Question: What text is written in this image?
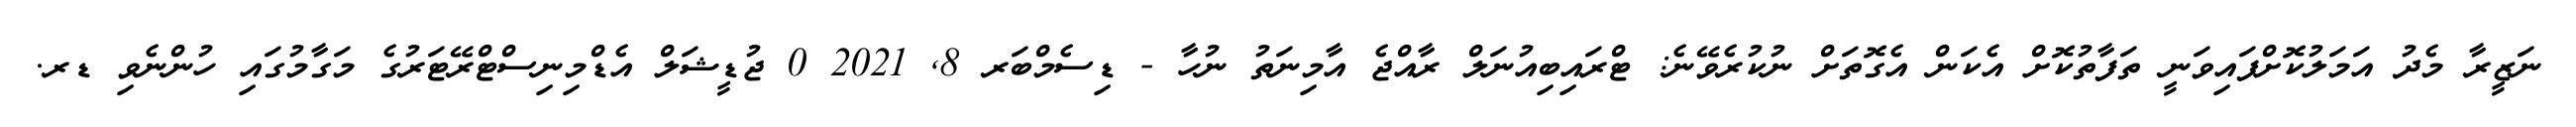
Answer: ނަޒީރާ މެދު އަމަލުކޮށްފައިވަނީ ތަފާތުކޮށް އެކަން އެގޮތަށް ނުކުރެވޭނެ: ޓްރައިބިއުނަލް ރާއްޖެ އާމިނަތު ނުހާ - ޑިސެމްބަރ 8, 2021 0 ޖުޑީޝަލް އެޑްމިނިސްޓްރޭޓަރުގެ މަގާމުގައި ހުންނެވި ޑރ.